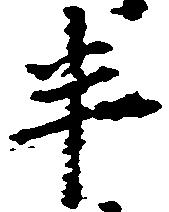
半